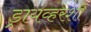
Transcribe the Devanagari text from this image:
ड्रायव्हरशी